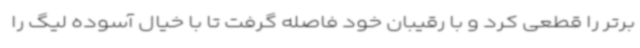
برتر را قطعی کرد و با رقیبان خود فاصله گرفت تا با خیال آسوده لیگ را